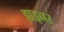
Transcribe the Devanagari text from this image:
हाइनर